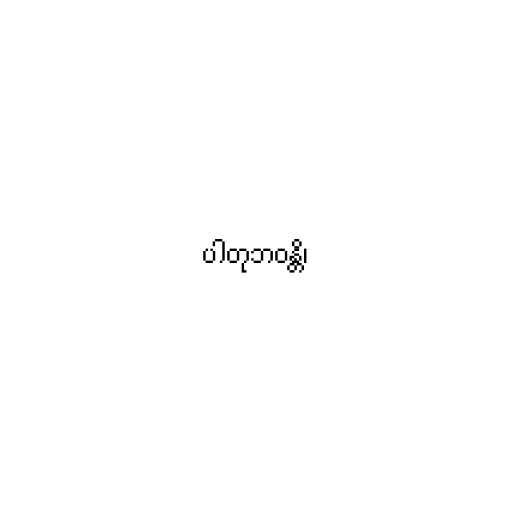
ပါတုဘဝန္တိ၊